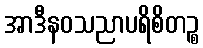
အာဒီနဝသညာပရိစိတဉ္စ